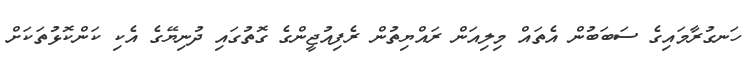
ހަނގުރާމައިގެ ސަބަބުން އެތައް މިލިއަން ރައްޔިތުން ރެފިއުޖީންގެ ގޮތުގައި ދުނިޔޭގެ އެކި ކަންކޮޅުތަކަށް